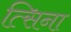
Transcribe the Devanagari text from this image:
त्सिना